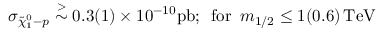
\sigma _ { \tilde { \chi } _ { 1 } ^ { 0 } - p } \stackrel { > } { \sim } 0 . 3 ( 1 ) \times 1 0 ^ { - 1 0 } \mathrm { p b } ; \, \, \, \mathrm { f o r } \, \, \, m _ { 1 / 2 } \leq 1 ( 0 . 6 ) \, \mathrm { T e V }